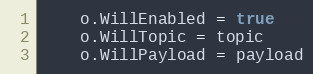
Language: Go
	o.WillEnabled = true
	o.WillTopic = topic
	o.WillPayload = payload